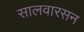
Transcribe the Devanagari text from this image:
सालवारसन